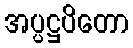
အပ္ပဋ္ဌပိတော